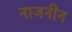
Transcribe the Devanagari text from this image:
नाजनीन